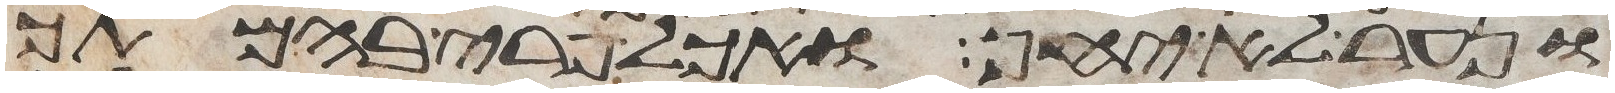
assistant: ונער לא יחן ואכל פרי בהמתך